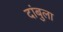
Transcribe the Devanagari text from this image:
दांबुला